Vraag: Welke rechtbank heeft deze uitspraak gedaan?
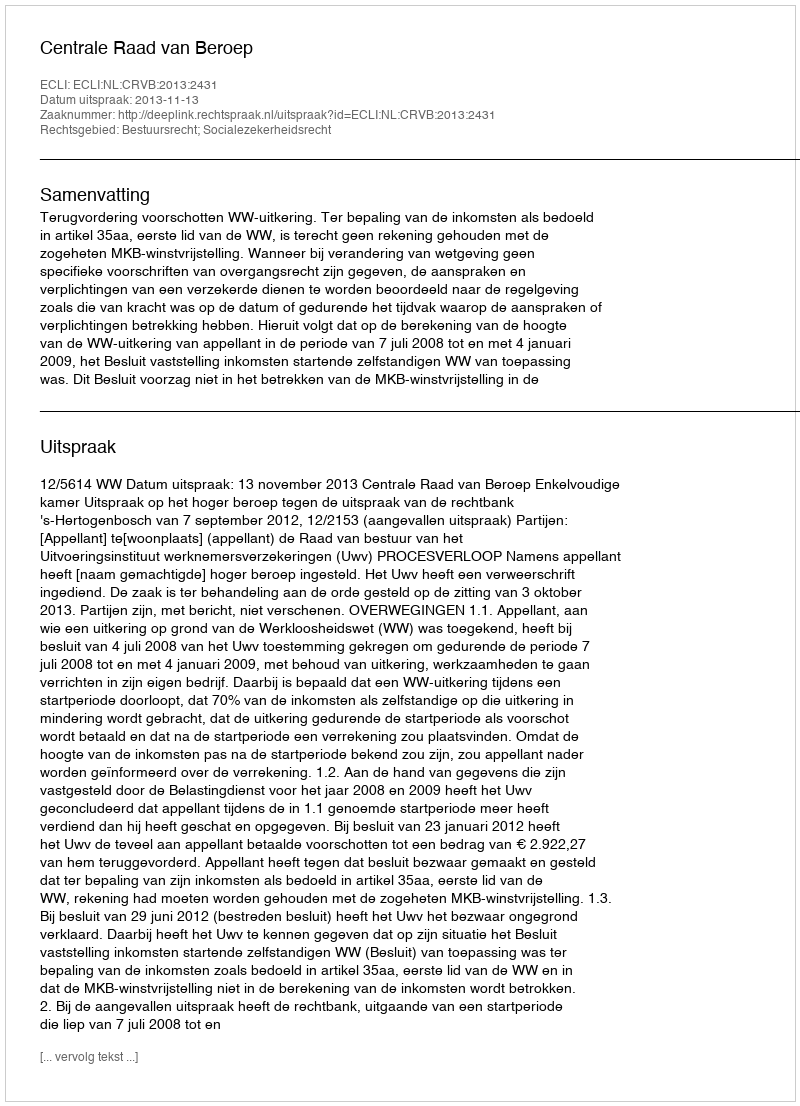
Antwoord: Centrale Raad van Beroep